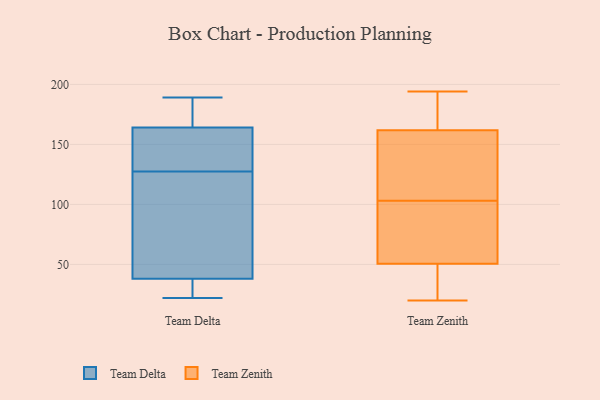
{"axis": {"x": "Website Visitors", "y": "Value"}, "legend": ["Team Delta", "Team Zenith"], "data": [{"x": "", "y": 175, "type": "Team Delta"}, {"x": "", "y": 25, "type": "Team Delta"}, {"x": "", "y": 173, "type": "Team Delta"}, {"x": "", "y": 130, "type": "Team Delta"}, {"x": "", "y": 32, "type": "Team Delta"}, {"x": "", "y": 22, "type": "Team Delta"}, {"x": "", "y": 44, "type": "Team Delta"}, {"x": "", "y": 189, "type": "Team Delta"}, {"x": "", "y": 92, "type": "Team Delta"}, {"x": "", "y": 148, "type": "Team Delta"}, {"x": "", "y": 125, "type": "Team Delta"}, {"x": "", "y": 155, "type": "Team Delta"}, {"x": "", "y": 165, "type": "Team Zenith"}, {"x": "", "y": 124, "type": "Team Zenith"}, {"x": "", "y": 172, "type": "Team Zenith"}, {"x": "", "y": 55, "type": "Team Zenith"}, {"x": "", "y": 24, "type": "Team Zenith"}, {"x": "", "y": 194, "type": "Team Zenith"}, {"x": "", "y": 73, "type": "Team Zenith"}, {"x": "", "y": 89, "type": "Team Zenith"}, {"x": "", "y": 20, "type": "Team Zenith"}, {"x": "", "y": 49, "type": "Team Zenith"}, {"x": "", "y": 162, "type": "Team Zenith"}, {"x": "", "y": 147, "type": "Team Zenith"}, {"x": "", "y": 29, "type": "Team Zenith"}, {"x": "", "y": 161, "type": "Team Zenith"}, {"x": "", "y": 103, "type": "Team Zenith"}]}